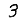
Digit: 3